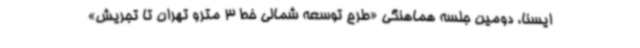
ایسنا، دومین جلسه هماهنگی «طرح توسعه شمالی خط 3 مترو تهران تا تجریش»